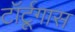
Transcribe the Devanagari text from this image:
टॉर्टूगास